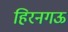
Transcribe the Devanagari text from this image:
हिरनगऊ